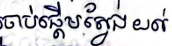
ចាប់ផ្តើមស្វែងយល់